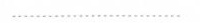
……